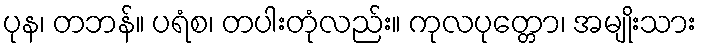
ပုန၊ တဘန်။ ပရံစ၊ တပါးတုံလည်း။ ကုလပုတ္တော၊ အမျိုးသား